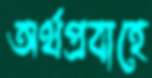
অর্থপ্রবাহে